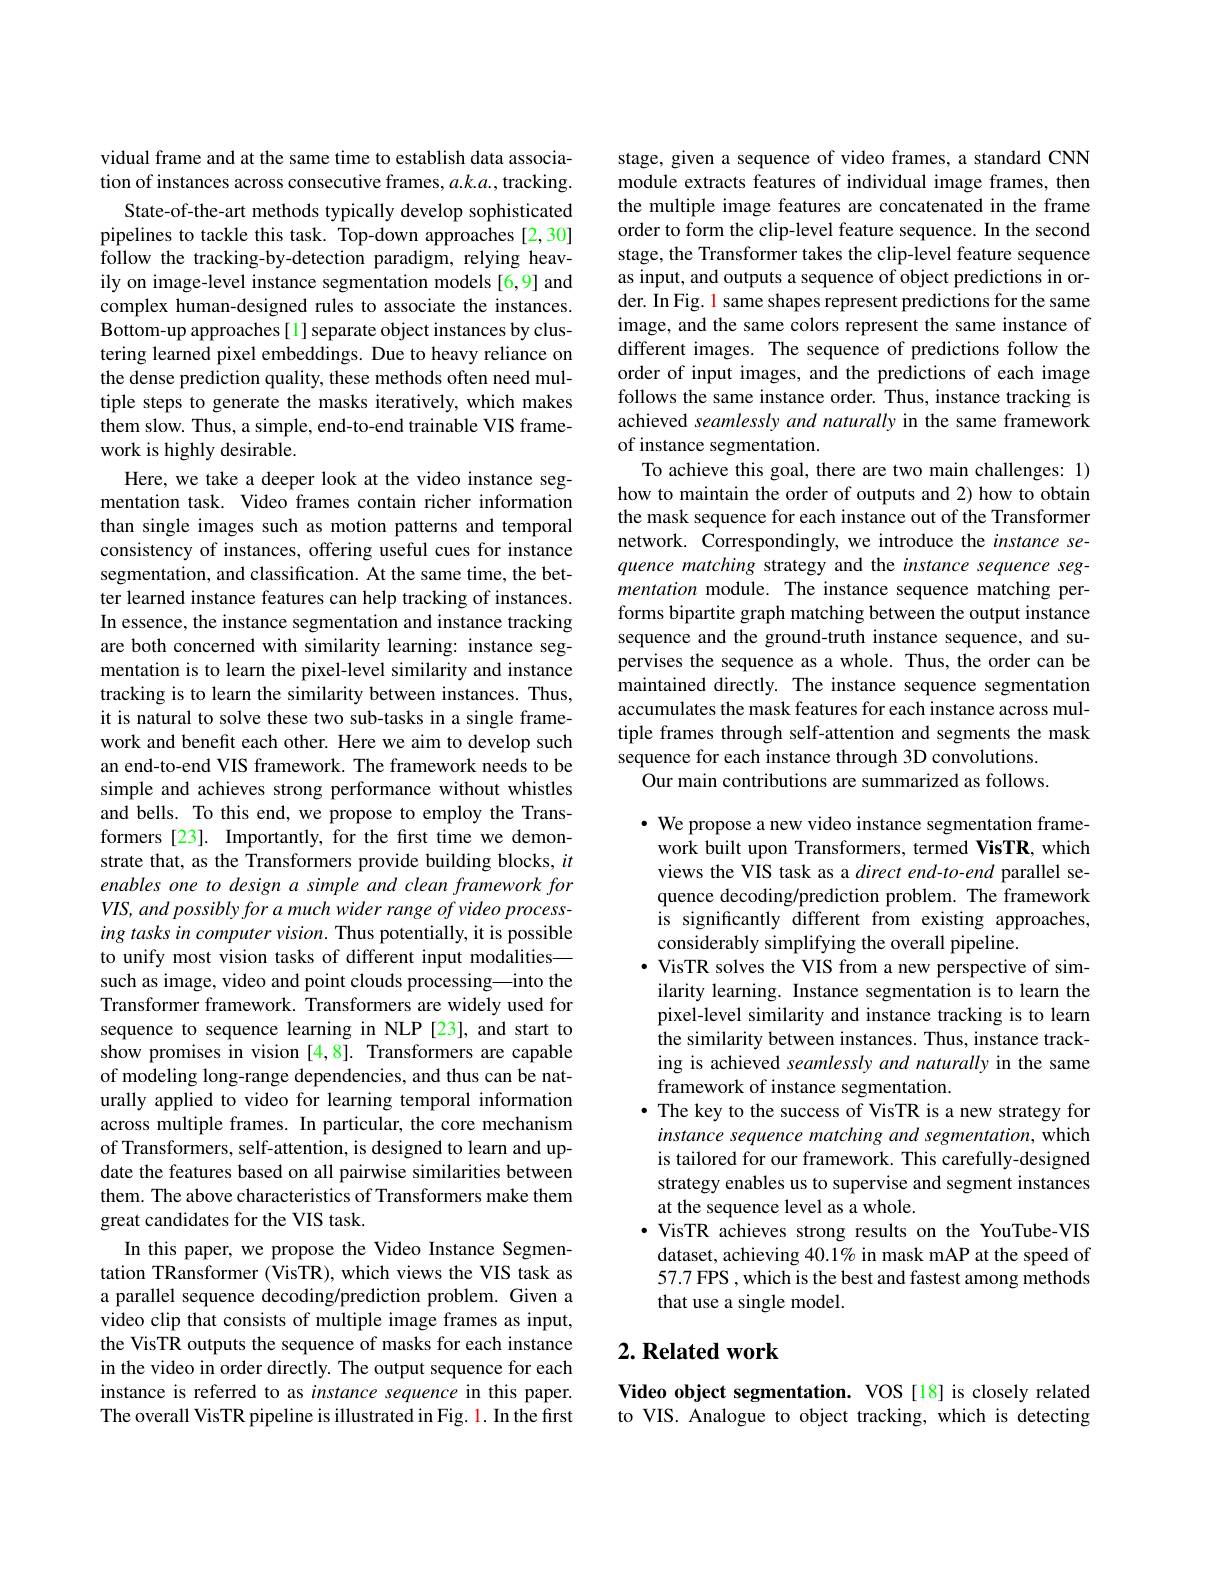
vidual frame and at the same time to establish data association of instances across consecutive frames, $a.k.a.$, tracking.
State-of-the-art methods typically develop sophisticated pipelines to tackle this task. Top-down approaches [2,30] follow the tracking-by-detection paradigm, relying heavily on image-level instance segmentation models [6,9] and complex human-designed rules to associate the instances. Bottom-up approaches[1] separate object instances by clustering learned pixel embeddings. Due to heavy reliance on the dense prediction quality, these methods often need multiple steps to generate the masks iteratively, which makes them slow. Thus, a simple, end-to-end trainable VIS framework is highly desirable.
Here, we take a deeper look at the video instance segmentation task. Video frames contain richer information than single images such as motion patterns and temporal consistency of instances, offering useful cues for instance segmentation, and classification. At the same time, the better learned instance features can help tracking of instances. In essence, the instance segmentation and instance tracking are both concerned with similarity learning: instance segmentation is to learn the pixel-level similarity and instance tracking is to learn the similarity between instances. Thus, it is natural to solve these two sub-tasks in a single framework and benefit each other. Here we aim to develop such an end-to-end VIS framework. The framework needs to be simple and achieves strong performance without whistles and bells. To this end, we propose to employ the Transformers[23]. Importantly, for the first time we demonstrate that, as the Transformers provide building blocks, $it$ enables one to design a simple and clean framework for VIS, and possibly for a much wider range of video processing tasks in computer vision. Thus potentially, it is possible to unify most vision tasks of different input modalities— such as image, video and point clouds processing—into the Transformer framework. Transformers are widely used for sequence to sequence learning in NLP [23], and start to show promises in vision [4,8]. Transformers are capable of modeling long-range dependencies, and thus can be naturally applied to video for learning temporal information across multiple frames. In particular, the core mechanism of Transformers, self-attention, is designed to learn and update the features based on all pairwise similarities between them. The above characteristics of Transformers make them great candidates for the VIS task.
In this paper, we propose the Video Instance Segmentation TRansformer (VisTR), which views the VIS task as a parallel sequence decoding/prediction problem. Given a video clip that consists of multiple image frames as input, the VisTR outputs the sequence of masks for each instance in the video in order directly. The output sequence for each instance is referred to as instance sequence in this paper. The overall VisTR pipeline is illustrated in Fig. 1. In the first

stage, given a sequence of video frames, a standard CNN module extracts features of individual image frames, then the multiple image features are concatenated in the frame order to form the clip-level feature sequence. In the second stage, the Transformer takes the clip-level feature sequence as input, and outputs a sequence of object predictions in order. In Fig. 1 same shapes represent predictions for the same image, and the same colors represent the same instance of different images. The sequence of predictions follow the order of input images, and the predictions of each image follows the same instance order. Thus, instance tracking is achieved seamlessly and naturally in the same framework of instance segmentation.
To achieve this goal, there are two main challenges: 1) how to maintain the order of outputs and 2) how to obtain the mask sequence for each instance out of the Transformer network. Correspondingly, we introduce the instance sequence matching strategy and the instance sequence segmentation module. The instance sequence matching performs bipartite graph matching between the output instance sequence and the ground-truth instance sequence, and supervises the sequence as a whole. Thus, the order can be maintained directly. The instance sequence segmentation accumulates the mask features for each instance across multiple frames through self-attention and segments the mask sequence for each instance through 3D convolutions.
Our main contributions are summarized as follows.

· We propose a new video instance segmentation frame-
work built upon Transformers, termed VisTR, which views the VIS task as a direct end-to-end parallel sequence decoding/prediction problem. The framework is significantly different from existing approaches, considerably simplifying the overall pipeline.
$\cdot$ VisTR solves the VIS from a new perspective of similarity learning. Instance segmentation is to learn the pixel-level similarity and instance tracking is to learn the similarity between instances. Thus, instance tracking is achieved seamlessly and naturally in the same framework of instance segmentation.
·The key to the success of VisTR is a new strategy for
instance sequence matching and segmentation, which is tailored for our framework. This carefully-designed strategy enables us to supervise and segment instances at the sequence level as a whole.
$\cdot$ VisTR achieves strong results on the YouTube-VIS
dataset, achieving $40.1\%$ in mask mAP at the speed of 57.7 FPS , which is the best and fastest among methods that use a single model.

## $2. \textbf{Related work}$

Video object segmentation. VOS [18] is closely related to VIS. Analogue to object tracking, which is detecting